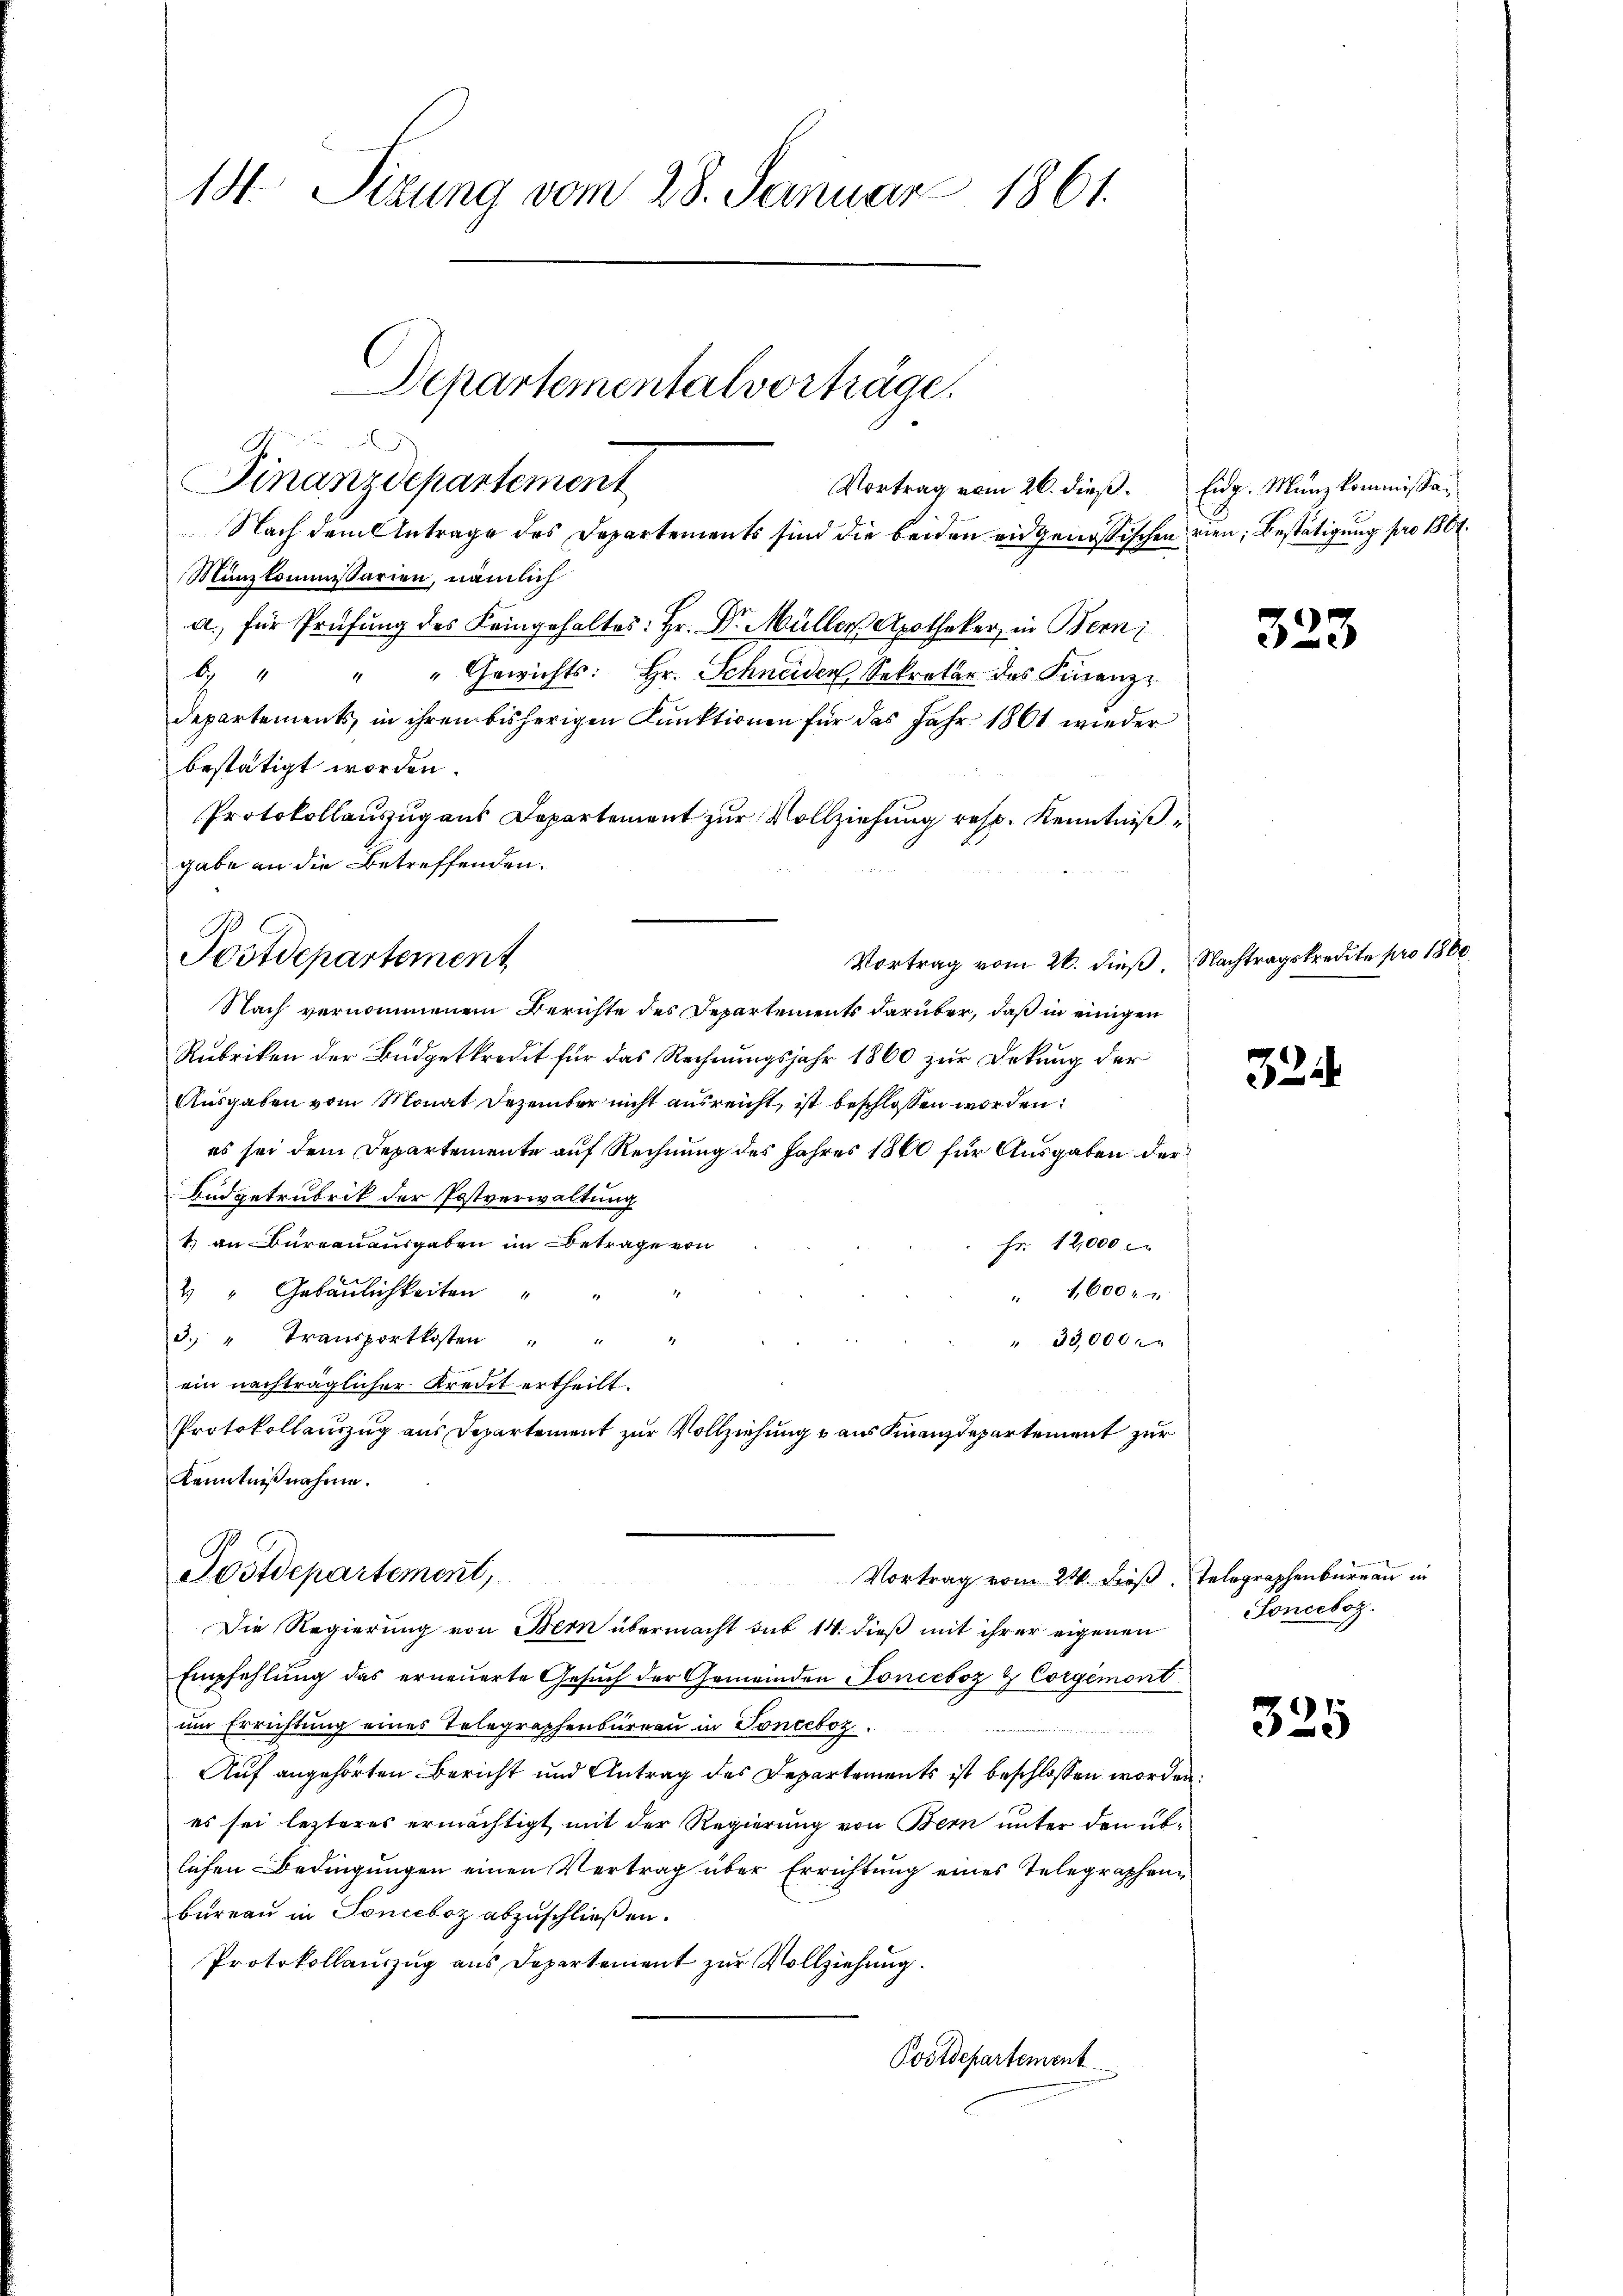
Nach dem Antrage des Departements sind die beiden eidgenössischen rien, Bestätigung pro 1801.
Münzkommissarien, nämlich
a) für Prüfung des Keingehaltes: Hr. Dr. Müller Apotheker, in Bern,
6 " " " Gewichts: Hr. Schneiden Sekretär des Finanz-
Departements in ihrem bisherigen Funktionen für das Jahr 1861 wieder
bestätigt worden.
Protokollauszug aus Departement zur Vollziehung resp. Kenntniß
gabe an die Betreffenden.
Nach vernommenem Berichte des Departements darüber, daß in einigen
Rubriken der Budgetkredit für das Rechnungsjahr 1860 zur Dekung der
Ausgaben vom Monat Dezember nicht ausreicht, ist beschlossen worden:
es sei dem Departemente auf Rechnung des Jahres 1860 für Ausgaben der
Budgetrubrik der Postverwaltung
1) an Bureauausgaben im Betrage von
Fr. 12,000
2 " Gebäulichkeiten
1,600
.
3. " Transportkosten " " "
"33,000.
ein nachträglicher Kredit ertheilt.
Protokollauszug aus Departement zur Vollziehung & aus Finanzdepartement zur
Kenntnißnahme.

18. Sizung vom 28. Januar 1861.
Departementalvorträge.

Finanzdepartement

Postdepartement

Postdepartement,

Empfehlung das erneuerte Gesuch der Gemeinden Tonieboz & Corgémont
um Errichtung eines Telegraphenbureau in Tonceboz.
Auf angehörten Bericht und Antrag des Departements ist beschlossen worden.
es sei lezteres ermächtigt mit der Regierung von Bern unter den üblichen Bedingungen einen Vertrag über Errichtung eines Telegraphenbureau in Sonceboz abzuschließen.
Protokollauszug aus Departement zur Vollziehung.
Postdepartement

Vortrag vom 21. dieß Telegraphenburgau in
Die Regierung von Bern übermacht sub 14. dieß mit ihrer eigenen

Vortrag vom 26. dieß. Eidg. Münzkommissa¬

323

Vortrag vom 26. dieß. Nachtragskredite pro 1800.

32

Sonceboz.

325